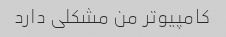
کامپیوتر من مشکلی دارد